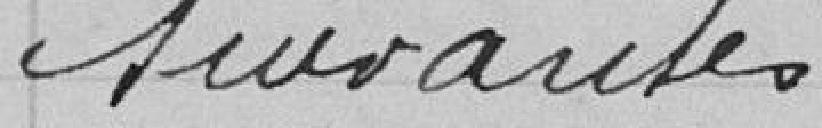
suivantes